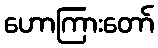
ဟောကြားတော်